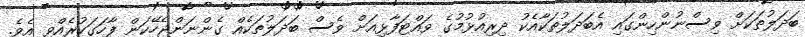
ބަދަލުތަކަށް ވިސްނުންހިންގައި އެބަދަލުތަކާއެކު ދިރިއުޅުމުގެ ވައްޓަފާޅިއަށް ވެސް ބަދަލުތަކެއް ގެންނަންޖެހޭކަން ފާހަގަކުރެއްވި އެވެ.